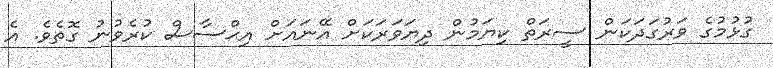
ގުޅުމުގެ ވަރުގަދަކަން ސީރަތް ކިޔަމުން ދިޔަވަރަކަށް އޭނައަށް އިޙްސާސް ކުރެވުނު ގޮތެވެ. އެ